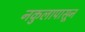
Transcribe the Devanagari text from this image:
नकुलापासून